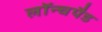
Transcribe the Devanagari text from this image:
लॉन्चपैड